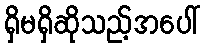
ရှိမရှိဆိုသည့်အပေါ်